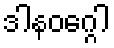
ဒါနဝဂ္ဂေါ